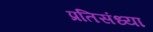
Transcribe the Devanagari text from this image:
प्रतिसंध्या